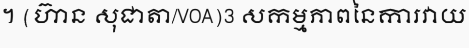
។ (ហ៊ាន សុជាតា/VOA)3 សកម្មភាពនៃការវាយ